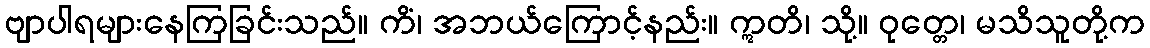
ဗျာပါရများနေကြခြင်းသည်။ ကိံ၊ အဘယ်ကြောင့်နည်း။ ဣတိ၊ သို့။ ဝုတ္တေ၊ မသိသူတို့က